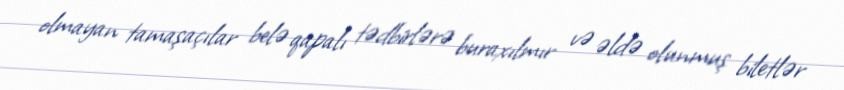
olmayan tamaşaçılar belə qapalı tədbirlərə buraxılmır və əldə olunmuş biletlər